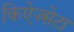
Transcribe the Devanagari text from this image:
किऐज्म़ेटा